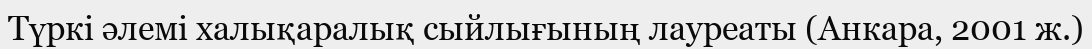
Түркі әлемі халықаралық сыйлығының лауреаты (Анкара, 2001 ж.)